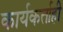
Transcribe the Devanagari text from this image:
कार्यकर्ताही